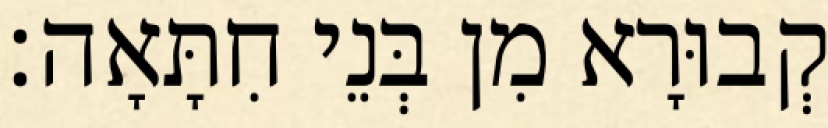
קְבוּרָא מִן בְּנֵי חִתָּאָה׃